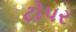
ટોપર